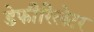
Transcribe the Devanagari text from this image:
डेफीरिलेटर